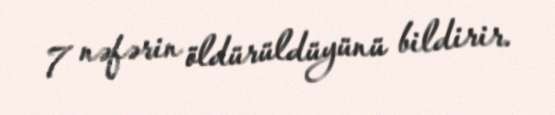
7 nəfərin öldürüldüyünü bildirir.